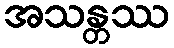
အသန္တဿ